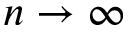
n \rightarrow \infty